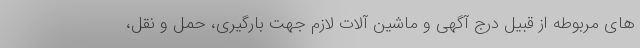
های مربوطه از قبیل درج آگهی و ماشین آلات لازم جهت بارگیری، حمل و نقل،